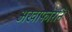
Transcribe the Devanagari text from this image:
अखाफोरनि